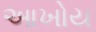
આખોય